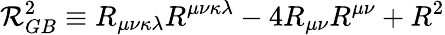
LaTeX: {\cal{R}}_{GB}^{2}\equiv R_{\mu\nu\kappa\lambda}R^{\mu\nu\kappa\lambda}-4R_{\mu\nu}R^{\mu\nu}+R^{2}